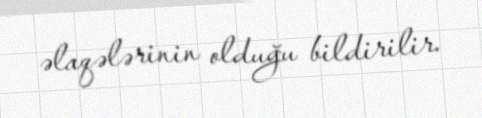
əlaqələrinin olduğu bildirilir.